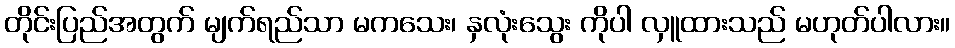
တိုင်းပြည်အတွက် မျက်ရည်သာ မကသေး၊ နှလုံးသွေး ကိုပါ လှူထားသည် မဟုတ်ပါလား။